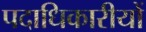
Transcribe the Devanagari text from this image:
पदाधिकारीयों